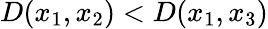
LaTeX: D(x_{1},x_{2})<D(x_{1},x_{3})